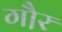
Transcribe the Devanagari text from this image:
गौ़र